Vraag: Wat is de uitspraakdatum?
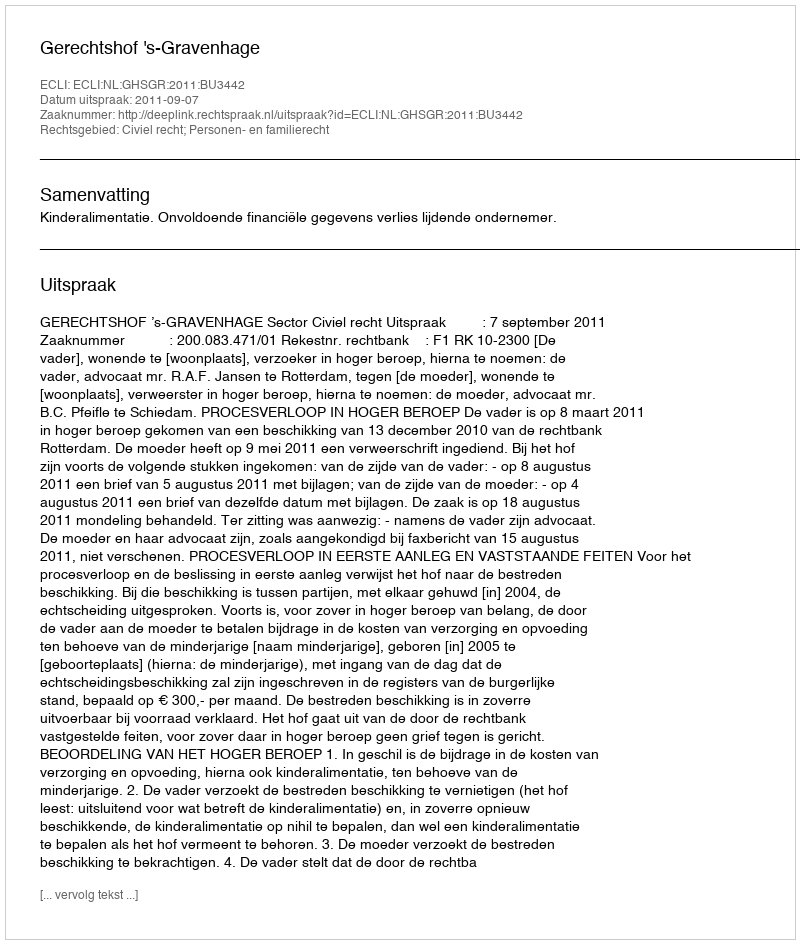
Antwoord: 2011-09-07